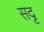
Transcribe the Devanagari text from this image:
सदृ